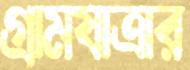
গ্রামযাত্রার